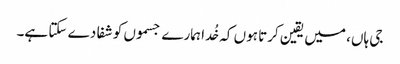
جی ہاں، میں یقین کرتا ہوں کہ خُدا ہمارے جسموں کو شفا دے سکتا ہے۔